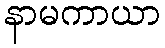
နာမကာယာ